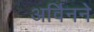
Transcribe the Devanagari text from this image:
अर्विनने